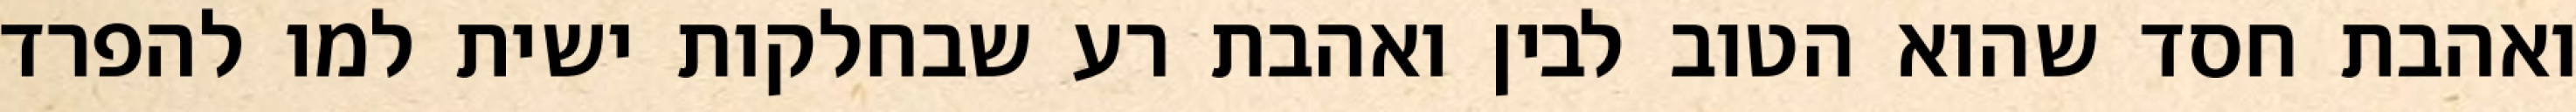
ואהבת חסד שהוא הטוב לבין ואהבת רע שבחלקות ישית למו להפרד